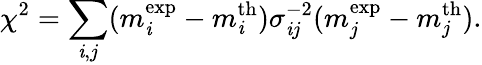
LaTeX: \chi^{2}=\sum_{\mathit{i},j}(m_{\mathit{i}}^{\mathrm{{exp}}}-m_{\mathit{i}}^{\mathrm{{th}}})\sigma_{\mathit{i}j}^{-2}(m_{j}^{\mathrm{{exp}}}-m_{j}^{\mathrm{{th}}}).